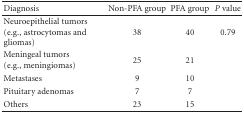
<table><thead><tr><td><b>Diagnosis</b></td><td><b>Non-PFA group</b></td><td><b>PFA group</b></td><td><b><i>P</i> value</b></td></tr></thead><tbody><tr><td>Neuroepithelial tumors(e.g., astrocytomas and gliomas)</td><td>38</td><td>40</td><td>0.79</td></tr><tr><td>Meningeal tumors(e.g., meningiomas)</td><td>25</td><td>21</td><td>[EMPTY_CELL]</td></tr><tr><td>Metastases</td><td>9</td><td>10</td><td>[EMPTY_CELL]</td></tr><tr><td>Pituitary adenomas</td><td>7</td><td>7</td><td>[EMPTY_CELL]</td></tr><tr><td>Others</td><td>23</td><td>15</td><td>[EMPTY_CELL]</td></tr></tbody></table>